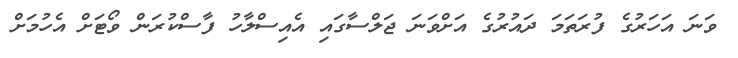
ވަނަ އަހަރުގެ ފުރަތަމަ ދައުރުގެ އަށްވަނަ ޖަލްސާގައި އެއިސްލާހު ފާސްކުރަން ވޯޓަށް އެހުމަށް